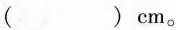
( )cm。